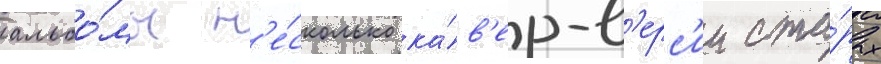
альбо́мы н'е́сколько ка́в'ер-в'ерс'ии ста́рых